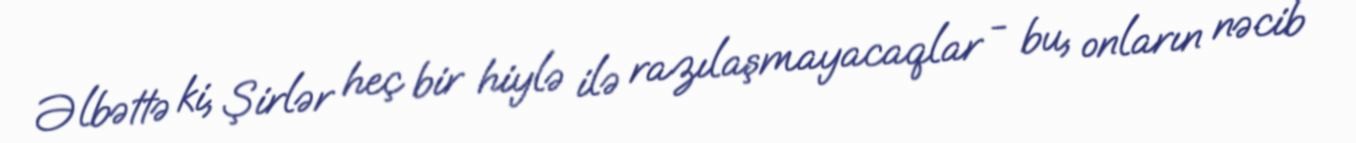
Əlbəttə ki, Şirlər heç bir hiylə ilə razılaşmayacaqlar - bu, onların nəcib